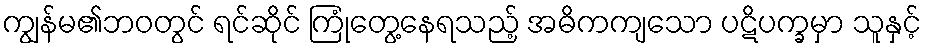
ကျွန်မ၏ဘဝတွင် ရင်ဆိုင် ကြုံတွေ့နေရသည့် အဓိကကျသော ပဋိပက္ခမှာ သူနှင့်